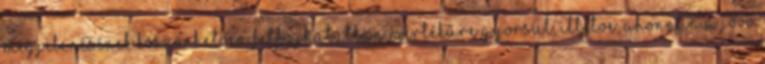
megjelenésének köszönhetően felfoghatatlan mértékűre gyorsul, illetve, ahonnan a jövő